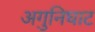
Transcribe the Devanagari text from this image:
अगुनिघाट